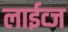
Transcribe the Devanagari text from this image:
लाईव्ज